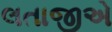
લતાજીએ